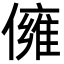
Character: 㒕